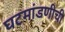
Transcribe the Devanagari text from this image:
घटमांडणीची